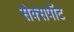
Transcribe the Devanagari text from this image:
सेक्सपॉट